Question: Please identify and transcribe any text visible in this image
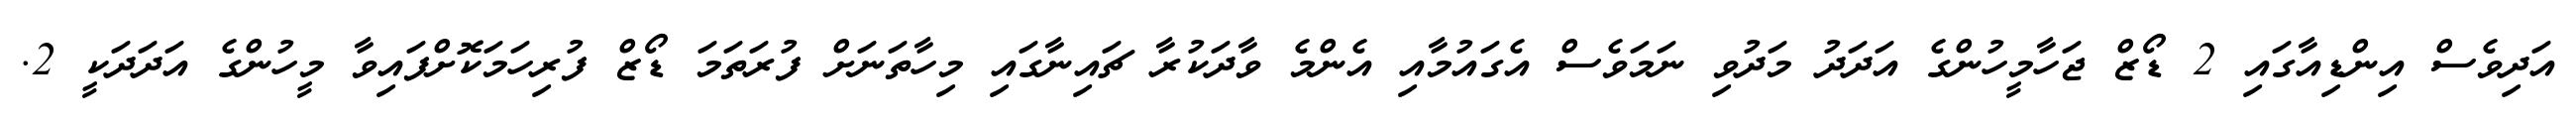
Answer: އަދިވެސް އިންޑިއާގައި 2 ޑޯޒް ޖަހާމީހުންގެ އަދަދު މަދުވި ނަމަވެސް އެގައުމާއި އެންމެ ވާދަކުރާ ޗައިނާގައި މިހާތަނަށް ފުރަތަމަ ޑޯޒް ފުރިހަމަކޮށްފައިވާ މީހުންގެ އަދަދަކީ 2.